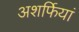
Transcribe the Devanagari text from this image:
अशर्फियां